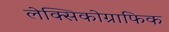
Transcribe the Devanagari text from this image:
लेक्सिकोग्राफिक